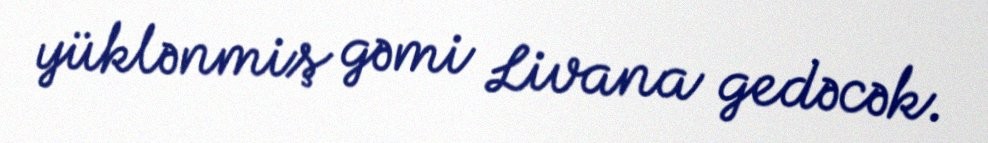
yüklənmiş gəmi Livana gedəcək.